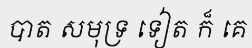
បាត សមុទ្រ ទៀត ក៏ គេ